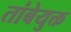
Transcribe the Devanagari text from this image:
तांबेयुक्त